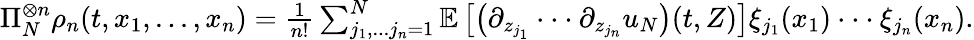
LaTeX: \begin{array}{r}{\Pi_{N}^{\otimes n}\rho_{n}(t,x_{1},...,x_{n})=\frac{1}{n!}\sum_{j_{1},...j_{n}=1}^{N}\mathbb{E}\left[\left(\partial_{z_{j_{1}}}\cdot\cdot\cdot\partial_{z_{j_{n}}}u_{N}\right)(t,Z)\right]\xi_{j_{1}}(x_{1})\cdot\cdot\cdot\xi_{j_{n}}(x_{n}).}\end{array}